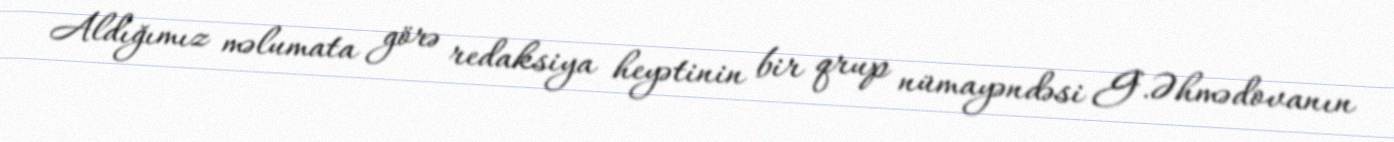
Aldığımız məlumata görə redaksiya heyətinin bir qrup nümayəndəsi G.Əhmədovanın